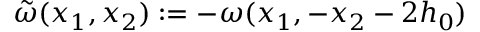
\tilde { \omega } ( x _ { 1 } , x _ { 2 } ) : = - \omega ( x _ { 1 } , - x _ { 2 } - 2 h _ { 0 } )